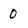
Character: 0